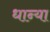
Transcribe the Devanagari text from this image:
धान्या